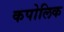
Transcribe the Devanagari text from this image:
कपोलिक